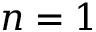
n = 1